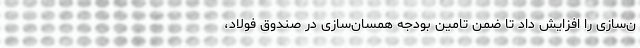
ن‌سازی را افزایش داد تا ضمن تامین بودجه همسان‌سازی در صندوق فولاد،